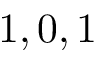
1 , 0 , 1